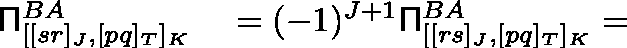
\begin{array} { r l } { \mathsf { \Pi } _ { [ [ s r ] _ { J } , [ p q ] _ { T } ] _ { K } } ^ { B A } } & { { } = ( - 1 ) ^ { J + 1 } \mathsf { \Pi } _ { [ [ r s ] _ { J } , [ p q ] _ { T } ] _ { K } } ^ { B A } = } \end{array}